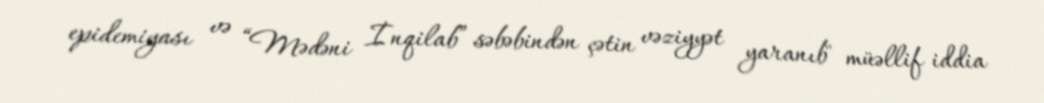
epidemiyası və “Mədəni İnqilab” səbəbindən çətin vəziyyət yaranıb" müəllif iddia